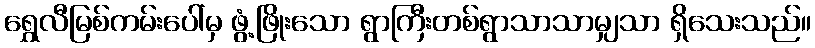
ရွှေလီမြစ်ကမ်းပေါ်မှ ဖွံ့ဖြိုးသော ရွာကြီးတစ်ရွာသာသာမျှသာ ရှိသေးသည်။